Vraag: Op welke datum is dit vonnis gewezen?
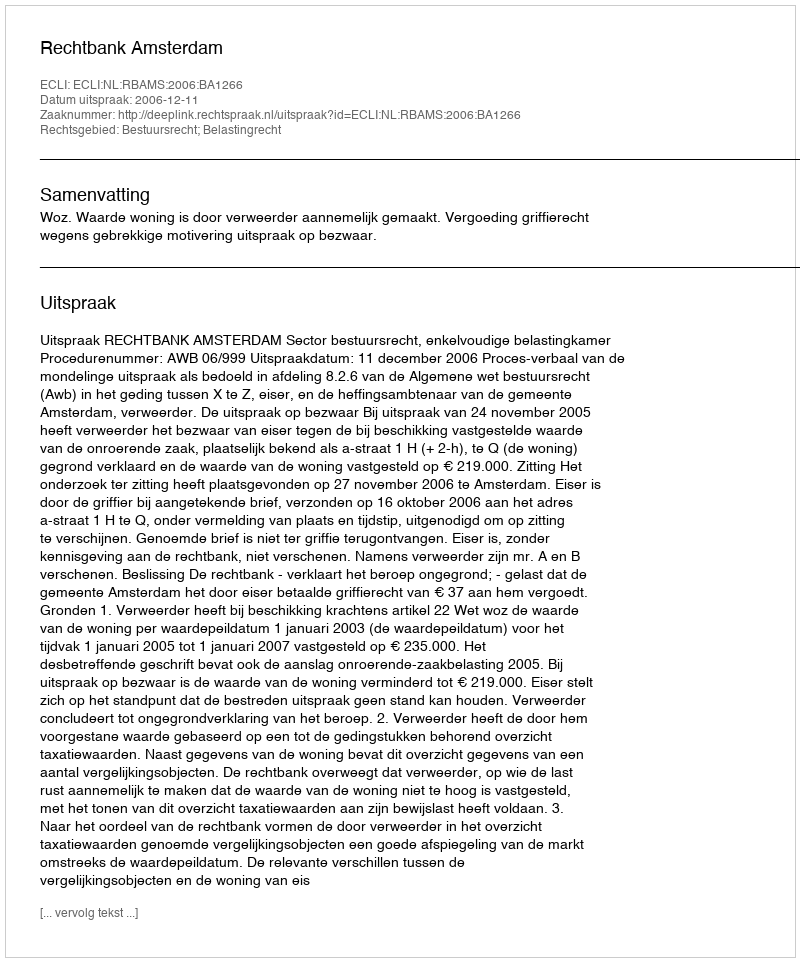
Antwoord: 2006-12-11